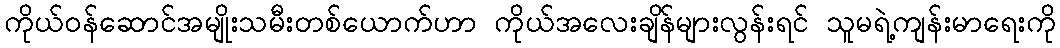
ကိုယ်ဝန်ဆောင်အမျိုးသမီးတစ်ယောက်ဟာ ကိုယ်အလေးချိန်များလွန်းရင် သူမရဲ့ကျန်းမာရေးကို